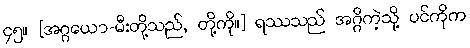
၄၅။ [အဂ္ဂယော-မီးတို့သည်, တို့ကို။] ရဿသည် အဂ္ဂိကဲ့သို့ ပင်ကိုက